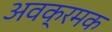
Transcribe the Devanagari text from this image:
अवक्रमक